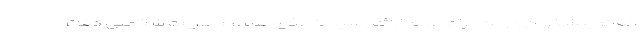
دفاتر پیشخوان دولت برای عدم ارائه رسید کاغذی علیرغم هزینه شخصی دفاتر